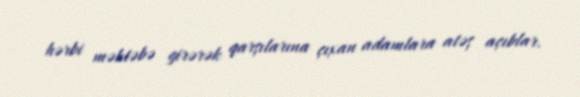
hərbi məktəbə girərək qarşılarına çıxan adamlara atəş açıblar.